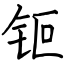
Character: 钷